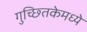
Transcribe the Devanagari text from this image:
गुच्छ्तिकेमध्ये